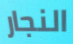
النجار